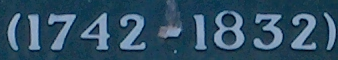
1742-1832